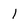
Character: l